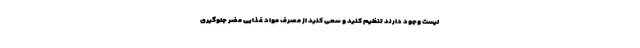
لیست وجود دارند تنظیم کنید و سعی کنید از مصرف مواد غذایی مضر جلوگیری